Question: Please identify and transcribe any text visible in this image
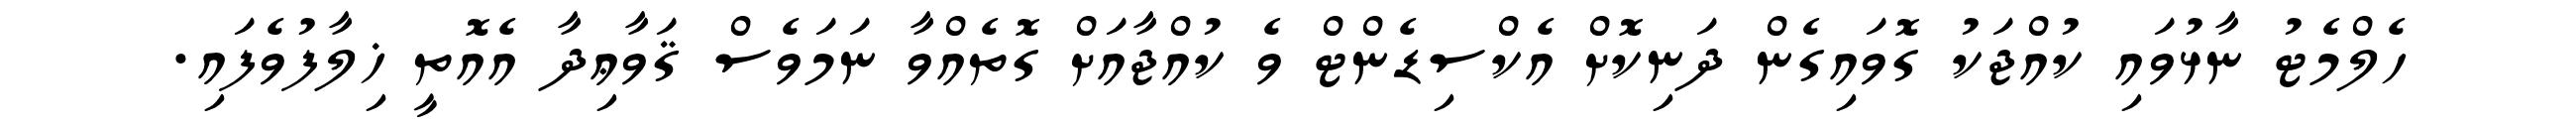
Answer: ހެލްމެޓު ނާޅުވައި ކުއްޖަކު ގޮވައިގެން ދަނިކޮށް އެކްސިޑެންޓް ވެ ކުއްޖާއަށް ގޮތެއްވާ ނަމަވެސް ޤަވާޢިދާ އެއޮތީ ޚިލާފުވެފައި.